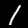
Digit: 1